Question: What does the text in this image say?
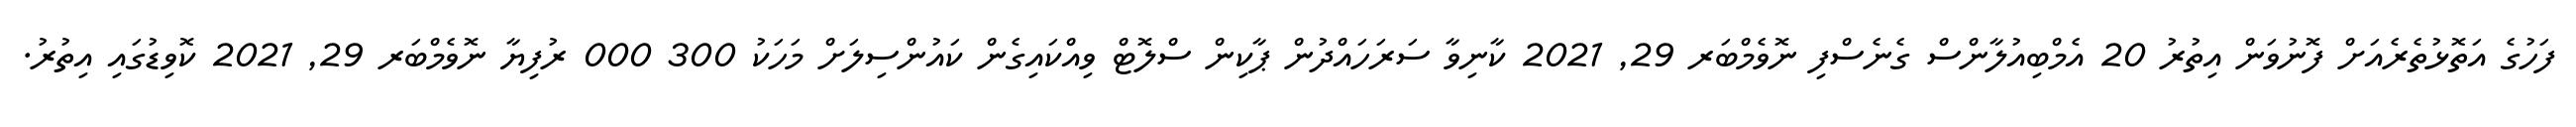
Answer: ފަހުގެ އަތޮޅުތެރެއަށް ފޮނުވަން އިތުރު 20 އެމްބިއުލާންސް ގެނެސްފި ނޮވެމްބަރ 29, 2021 ކާނިވާ ސަރަހައްދުން ޕާކިން ސްލޮޓް ވިއްކައިގެން ކައުންސިލަށް މަހަކު 300 000 ރުފިޔާ ނޮވެމްބަރ 29, 2021 ކޮވިޑުގައި އިތުރު.